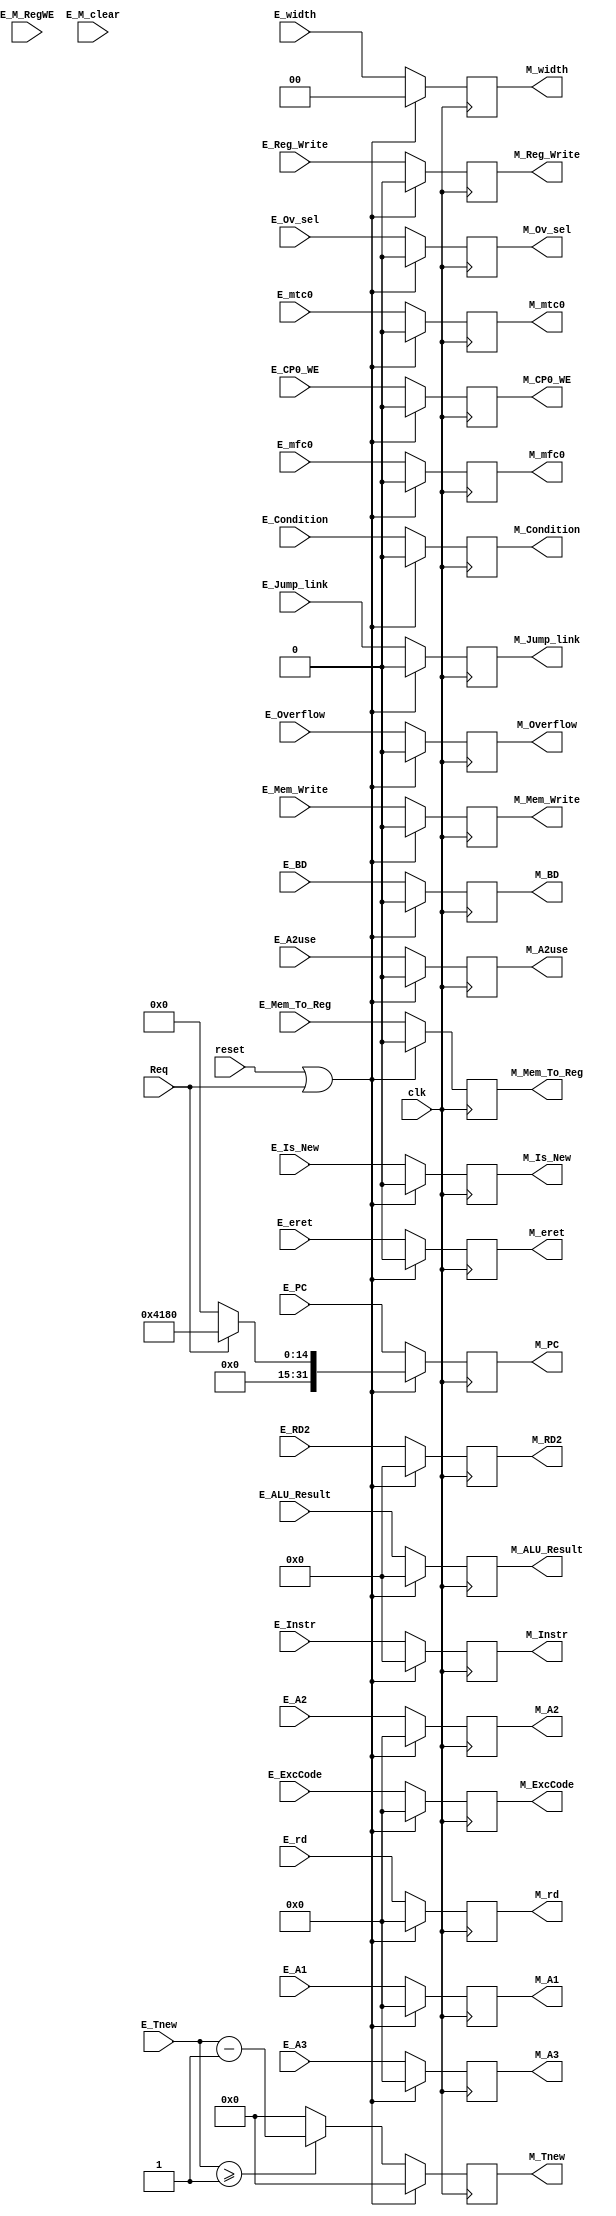
`timescale 1ns / 1ps
//////////////////////////////////////////////////////////////////////////////////
// Company: 
// Engineer: 
// 
// Design Name: 
// Module Name:    E_M 
// Project Name: 
// Target Devices: 
// Tool versions: 
// Description: 
//
// Dependencies: 
//
// Revision: 
// Revision 0.01 - File Created
// Additional Comments: 
//
//////////////////////////////////////////////////////////////////////////////////
module E_M(
    input clk,
    input reset,
    input E_M_RegWE,
    input E_M_clear,
	input Req,
	
	input [31:0] E_Instr,
    input [31:0] E_RD2,
    input [31:0] E_PC,
    input E_Mem_Write,//DM
    input [31:0] E_ALU_Result,
    input E_Reg_Write,//GRF
    input E_Mem_To_Reg,//Choose
    input E_Jump_link,
    input [4:0] E_A3,//Forwarding
    input [4:0] E_rd,
    input [4:0] E_A2,
	input [4:0] E_A1,
	input [3:0] E_Tnew,//Delay
    input E_A2use,
    input [1:0] E_width,
	input E_Is_New,
	input E_Condition,
	input [4:0] E_ExcCode,
	input E_Overflow,
	input E_CP0_WE,
	input E_BD,
	input E_eret,
	input E_mtc0,	
	input E_Ov_sel,
	input E_mfc0,	
	
	output reg M_mfc0,	
	output reg M_Ov_sel,
	output reg M_eret,
	output reg M_mtc0,	
	output reg M_BD,
	output reg M_CP0_WE,
	output reg M_Overflow,
	output reg [4:0] M_ExcCode,
	output reg M_Condition,
	output reg M_Is_New,
	output reg [31:0] M_Instr,
    output reg [31:0] M_RD2,
    output reg [31:0] M_PC,
    output reg M_Mem_Write,//DM
    output reg [31:0] M_ALU_Result,
    output reg M_Reg_Write,//GRF
    output reg M_Mem_To_Reg,//Choose
    output reg M_Jump_link,
    output reg [4:0] M_A3,//Forwarding
    output reg [4:0] M_rd,
    output reg [4:0] M_A2,
	output reg [4:0] M_A1,
	output reg [3:0] M_Tnew,//Delay
    output reg M_A2use,
    output reg [1:0] M_width
    );

    always @(posedge clk) begin
        if(reset == 1 || Req)begin
            M_Instr <= 0;
			M_RD2 <= 0;
            M_PC <= Req ? 32'h0000_4180 : 32'b0;
            M_Mem_Write <= 0;
            M_ALU_Result <= 0;
            M_Reg_Write <= 0;
            M_Mem_To_Reg <= 0;
            M_Jump_link <= 0;
            M_A3 <= 0;
            M_rd <= 0;
            M_A2 <= 0;
			M_A1 <= 0;
            M_Tnew <= 0;
            M_A2use <= 0;
			M_width <= 0;
			M_Is_New <= 0;
			M_Condition <= 0;
			M_ExcCode <= 0;
			M_Overflow <= 0;
			M_CP0_WE <= 0;
			M_BD <= 0;
			M_eret <= 0;
			M_mtc0 <= 0;
			M_mfc0 <= 0;
			M_Ov_sel <= 0;
        end
        else begin
            M_Instr <= E_Instr;
			M_RD2 <= E_RD2;
            M_PC <= E_PC;
            M_Mem_Write <= E_Mem_Write;
            M_ALU_Result <= E_ALU_Result;
            M_Reg_Write <= E_Reg_Write;
            M_Mem_To_Reg <= E_Mem_To_Reg;
            M_Jump_link <= E_Jump_link;
            M_A3 <= E_A3;
            M_rd <= E_rd;
            M_A2 <= E_A2;
			M_A1 <= E_A1;
            if(E_Tnew >= 1)begin
                M_Tnew <= E_Tnew-1;
            end
            else M_Tnew <= 0;
            M_A2use <= E_A2use;
			M_width <= E_width;
			M_Is_New <= E_Is_New;
			M_Condition <= E_Condition;
			M_ExcCode <= E_ExcCode;
			M_Overflow <= E_Overflow;
			M_CP0_WE <= E_CP0_WE;
			M_BD <= E_BD;
			M_eret <= E_eret;
			M_mtc0 <= E_mtc0;
			M_mfc0 <= E_mfc0;
			M_Ov_sel <= E_Ov_sel;
        end
    end

endmodule